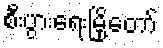
စီးပွားရေးမြို့တော်